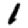
Digit: 1